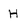
Character: H